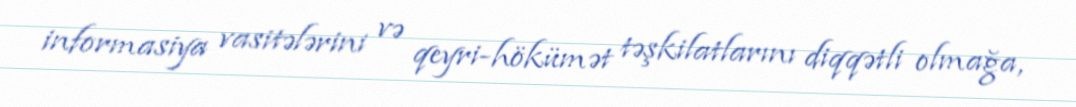
informasiya vasitələrini və qeyri-hökümət təşkilatlarını diqqətli olmağa,